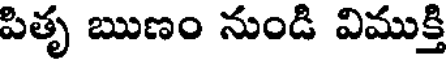
పితృ ఋణం నుండి విముక్తి